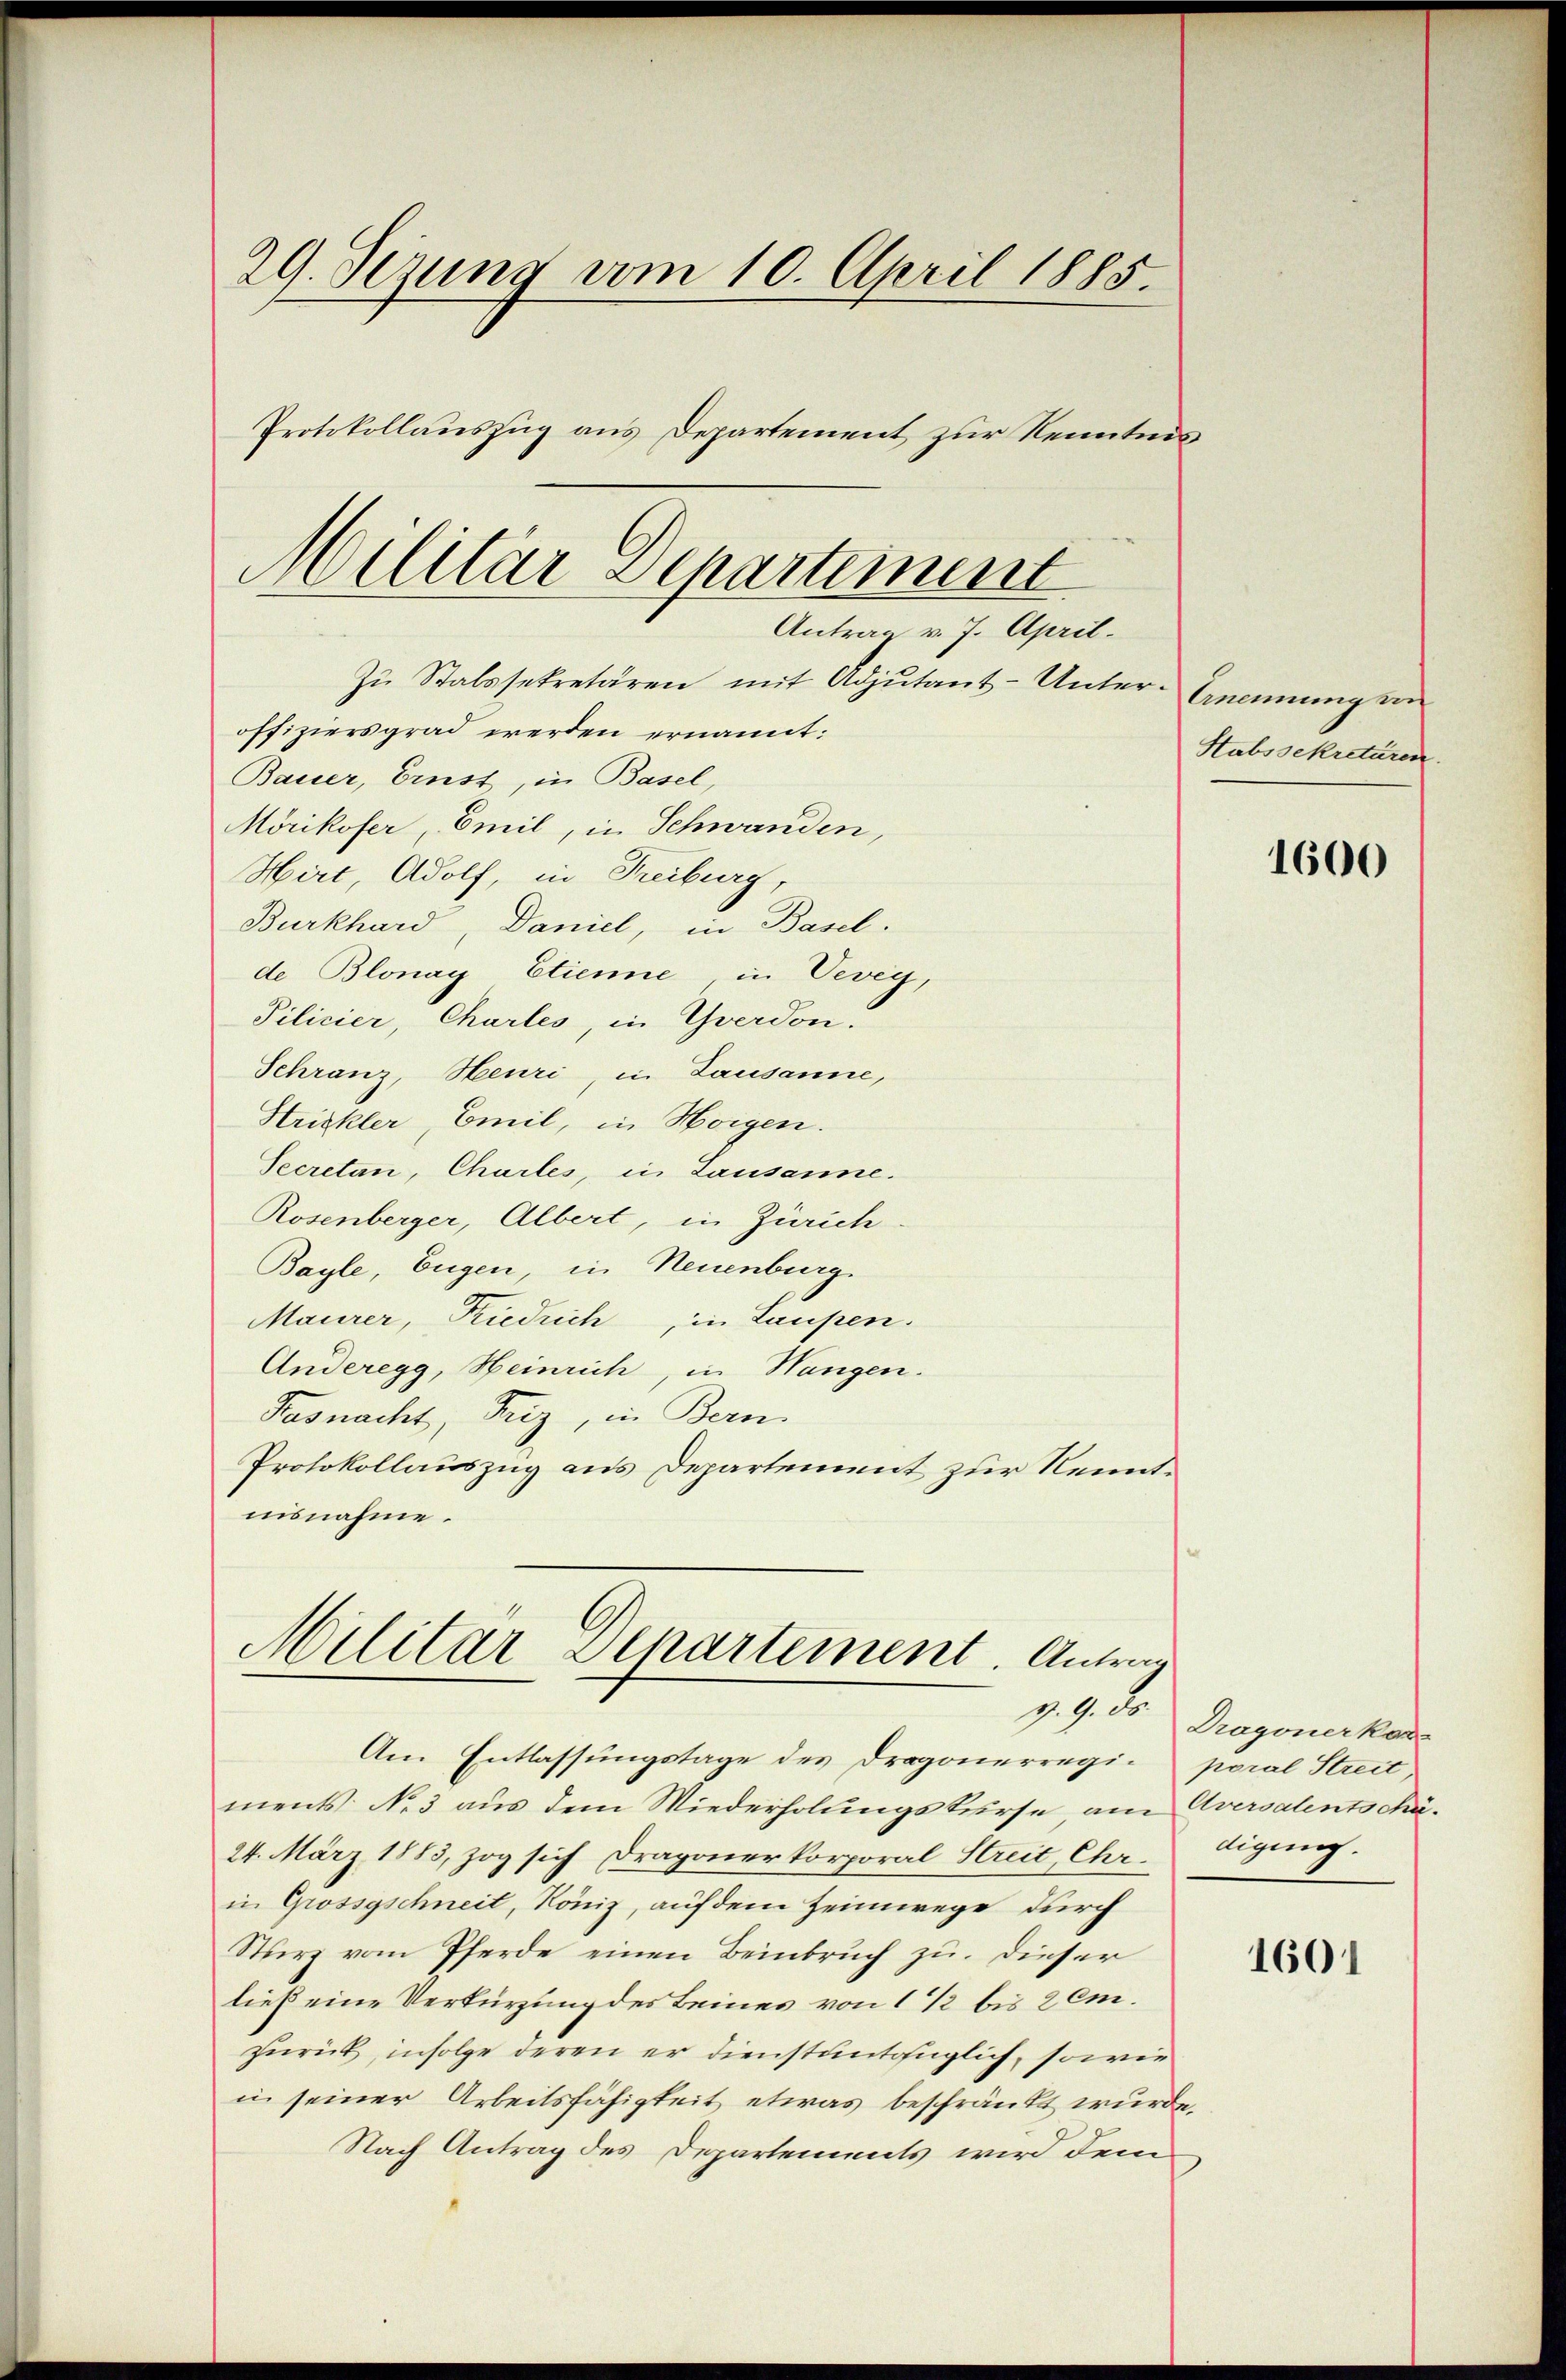
29. Sezung vom 10. April 1885.
Protokollauszug aus Departement zur Kenntnis¬
Militär Separtement

Antrag v. 7. April.

Zu Stalssekretären mit Adjutant-Unteroffiziersgrad werden ernannt:
Bauer, Ernst, in Basel,
Mörikofer, Emil, in Schwanden,
Hirt, Adolf, in Freiburg,
Burkhard, Daniel, in Basel.
de Blonay Etienne, in Vevey,
Pilicier, Charles, in Yverdon.
Schranz, Heuri, in Lausanne,
Htrickler, Emil, in Horgen.
Secretan, Charles, in Lausanne.
Rosenberger, Albert, in Zürich
Bayle, Eugen, in Neuenburg
Maurer, Riedrich, in Laupen.
Anderegg, Heinrich, in Wangen.
Pasnacht, Friz, in Bern
Protokollauszug aus Departement zur Kenntnisnahme.

Am Entlassungstage des Dragonerregi- poral Streit,
ments No 3 aus dem Wiederholungskurse, am Aversalentschä¬
24. März 1883, zog sich Dragonerkorporal Streit, Chr.
in Grossgschneit, Köniz, auf dem Heimwege durch
Sturz vom Pferde einen Beinbruch zu. Dieser
ließ eine Verkürzung des Beines von 1 1/2 bis 2 emzurück, infolge deren er dienstantrüglich, sowie
in seiner Arbeitsfähigkeit etwas beschränkt wurde.
Nach Antrag des Departements wird dem

Militar Departement. Antrag
19. d.

Anennung an
Stabssekretären.

1600

Dragonerkan
digung.

1601